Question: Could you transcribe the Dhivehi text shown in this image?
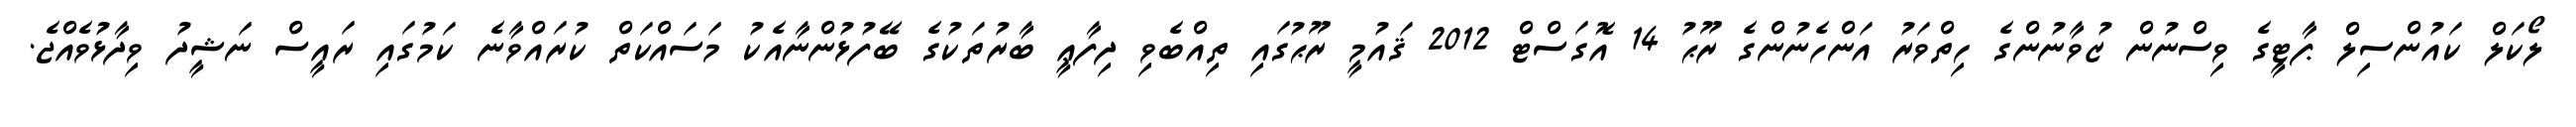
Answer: ލޯކަލް ކައުންސިލް ޕާޓީގެ ވިސްނުން ޒުވާނުންގެ ހިތްވަރު އަންހެނުންގެ ރޫޙު 14 އޮގަސްޓް 2012 ޤައުމީ ރޫޙުގައި ތިއްބެވި ދިފާޢީ ބާރުތަކުގެ ބޭފުޅުންނާއެކު މަސައްކަތް ކުރައްވާނެ ކަމުގައި ރައީސް ނަޝީދު ވިދާޅުވެއްޖެ.